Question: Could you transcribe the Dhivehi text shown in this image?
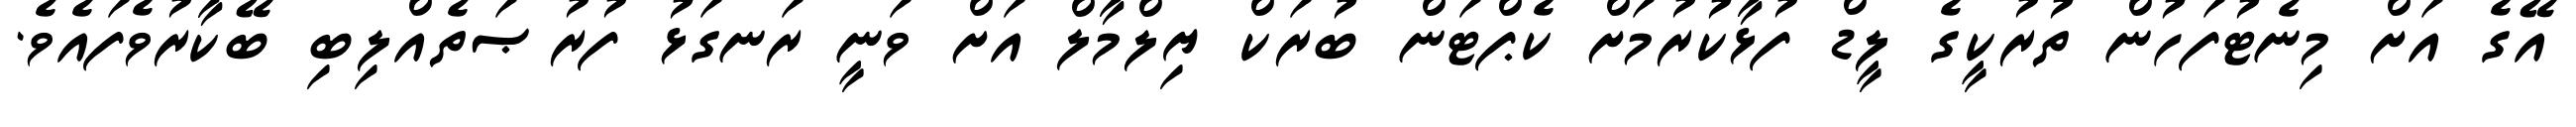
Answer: އޭގެ އަށް މިނެޓުފަހުން ތުރުކީގެ ލީޑް ފުޅާކުރުމަށް ކެޕްޓަން ބުރަކް ޔިލްމާލް އަށް ވަނީ ރަނގަޅު ފުރުޞަތެއްލިބި ބޭކާރުވެފައެވެ.